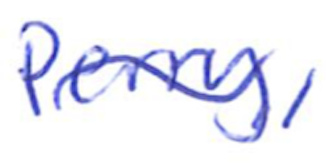
Text: Perry,
Cross-out: wave
Writing tool: ballpoint